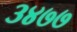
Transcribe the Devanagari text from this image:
३४७७